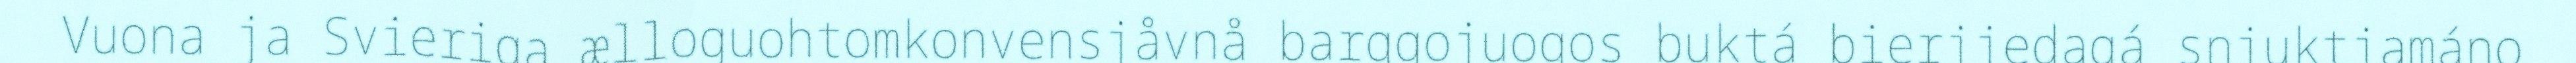
Vuona ja Svieriga ælloguohtomkonvensjåvnå barggojuogos buktá bierjjedagá snjuktjamáno